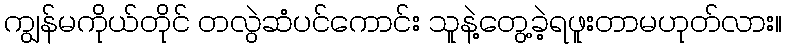
ကျွန်မကိုယ်တိုင် တလွဲဆံပင်ကောင်း သူနဲ့တွေ့ခဲ့ရဖူးတာမဟုတ်လား။